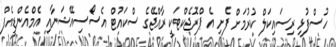
ހުސްފުޅި ރިސައިކަލް ކުރުމަށް ފެށި އެ ޕްރޮޖެކްޓަކީ ރާއްޖޭގެ ސްކައުޓް އެސޯސިއޭޝަނާއި އެމްއެންޑީއެފް